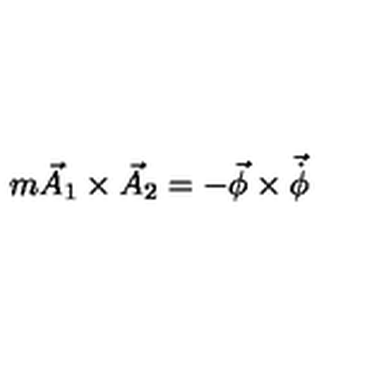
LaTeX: m \vec { A } _ { 1 } \times \vec { A } _ { 2 } = - \vec { \phi } \times \vec { \dot { \phi } }